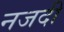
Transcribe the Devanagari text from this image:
नजदी